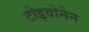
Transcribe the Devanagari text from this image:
टोइवोनेन